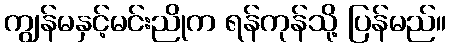
ကျွန်မနှင့်မင်းညိုက ရန်ကုန်သို့ ပြန်မည်။